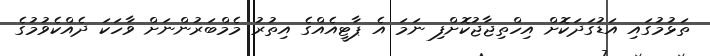
ތަޅުމުގައި އަޑުގަދަކޮށް އިހްތިޖާޖުކޮށްފި ނަމަ އެ ޕާޓީއެއްގެ އިތުރު މެމްބަރުންނަށް ވާހަކަ ދެއްކެވުމުގެ